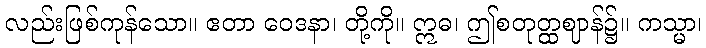
လည်းဖြစ်ကုန်သော။ ဧတာ ဝေဒနာ၊ တို့ကို။ ဣဓ၊ ဤစတုတ္ထဈာန်၌။ ကသ္မာ၊